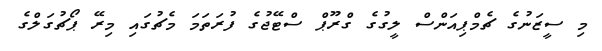
މި ސީޒަނުގެ ޗެމްޕިއަންސް ލީގުގެ ގްރޫޕް ސްޓޭޖުގެ ފުރަތަމަ މެޗުގައި މިރޭ ޕޯޗުގަލްގެ